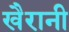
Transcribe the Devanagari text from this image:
खैरानी